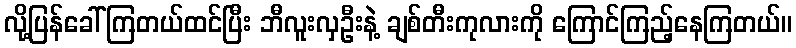
လို့ပြန်ခေါ်ကြတယ်ထင်ပြီး ဘီလူးလှဦးနဲ့ ချစ်တီးကုလားကို ကြောင်ကြည့်နေကြတယ်။